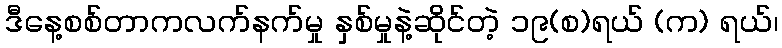
ဒီနေ့စစ်တာကလက်နက်မှု နှစ်မှုနဲ့ဆိုင်တဲ့ ၁၉(စ)ရယ် (က) ရယ်၊